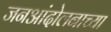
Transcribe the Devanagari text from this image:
जनआंदोलनाच्या